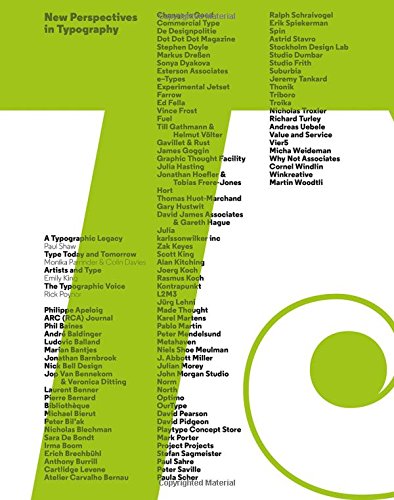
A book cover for New Perspectives in Typography; Arts & Photography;